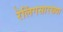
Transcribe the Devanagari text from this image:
रेलिंगसारख्या